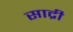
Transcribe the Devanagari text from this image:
साद्री